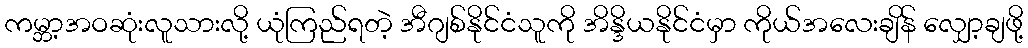
ကမ္ဘာ့အဝဆုံးလူသားလို့ ယုံကြည်ရတဲ့ အီဂျစ်နိုင်ငံသူကို အိန္ဒိယနိုင်ငံမှာ ကိုယ်အလေးချိန် လျှော့ချဖို့